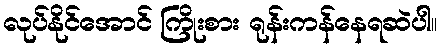
လုပ်နိုင်အောင် ကြိုးစား ရုန်းကန်နေရဆဲပါ။